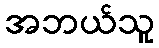
အဘယ်သူ